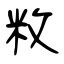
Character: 敉